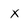
Character: x